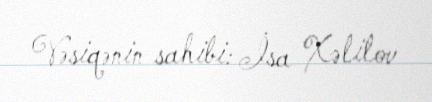
Vəsiqənin sahibi: İsa Xəlilov